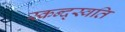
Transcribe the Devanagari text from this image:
स्कन्द्स्वति